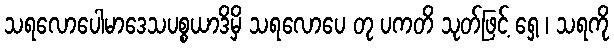
သရလောပေါမာဒေသပစ္စယာဒိမှိ သရလောပေ တု ပကတိ သုတ်ဖြင့် ရှေ့ ၊ သရကို